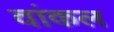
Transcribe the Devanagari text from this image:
वांकल